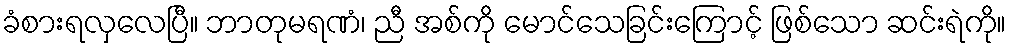
ခံစားရလှလေပြီ။ ဘာတုမရဏံ၊ ညီ အစ်ကို မောင်သေခြင်းကြောင့် ဖြစ်သော ဆင်းရဲကို။